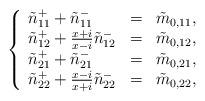
LaTeX: \begin{align*}\left\{\begin{array}{lll}\tilde{n}_{11}^{+} + \tilde{n}_{11}^{-}&=&\tilde{m}_{0,11}, \\\tilde{n}_{12}^{+} + \frac{x + i}{x - i} \tilde{n}_{12}^{-}&=&\tilde{m}_{0,12}, \\\tilde{n}_{21}^{+} + \tilde{n}_{21}^{-}&=&\tilde{m}_{0,21}, \\\tilde{n}_{22}^{+} + \frac{x - i}{x + i} \tilde{n}_{22}^{-}&=&\tilde{m}_{0,22},\end{array}\right.\end{align*}